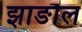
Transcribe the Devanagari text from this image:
झाङौल